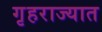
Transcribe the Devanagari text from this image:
गृहराज्यात